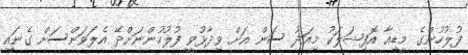
ފުލުހުންގެ މީޑިއާ އޮފިޝަލަކު މިއަދު ސަން އަށް ވިދާޅުވީ ފުލުހުންނަށްދޭ އެލަވަންސަށް ގެނައި